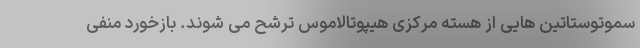
سموتوستاتین هایی از هسته مرکزی هیپوتالاموس ترشح می شوند. بازخورد منفی